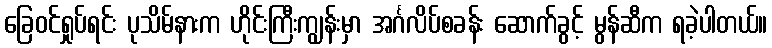
ခြေဝင်ရှုပ်ရင်း ပုသိမ်နားက ဟိုင်းကြီးကျွန်းမှာ အင်္ဂလိပ်စခန်း ဆောက်ခွင့် မွန်ဆီက ရခဲ့ပါတယ်။